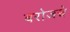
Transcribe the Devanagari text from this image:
बरोजचे